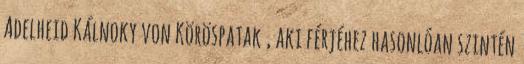
Adelheid Kálnoky von Köröspatak , aki férjéhez hasonlóan szintén